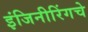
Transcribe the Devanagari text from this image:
इंजिनीरिंगचे